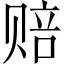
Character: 赔